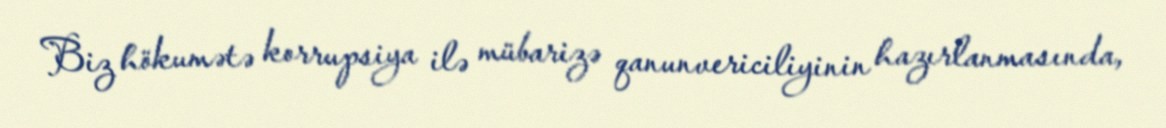
Biz hökumətə korrupsiya ilə mübarizə qanunvericiliyinin hazırlanmasında,